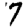
Digit: 7